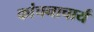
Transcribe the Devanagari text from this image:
कांचनाचार्य